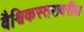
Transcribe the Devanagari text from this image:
वैश्विकस्तरावरील